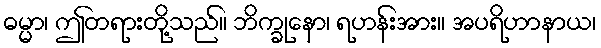
ဓမ္မာ၊ ဤတရားတို့သည်။ ဘိက္ခုနော၊ ရဟန်းအား။ အပရိဟာနာယ၊